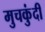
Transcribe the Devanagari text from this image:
मुचकुंदी